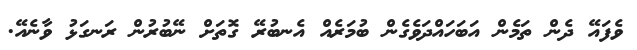
ވެފައޭ ދެން ތަމެން އަބަހައްދަވެގެން ބުމަރެއް އެނބުރޭ ގޮތަށް ނޭބުރުން ރަނގަޅު ވާނެއޭ.